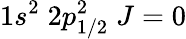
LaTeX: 1s^{2}\; 2p_{1/2}^{2}\; J=0